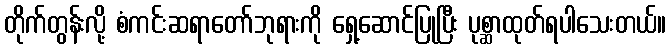
တိုက်တွန်းလို့ စံကင်းဆရာတော်ဘုရားကို ရှေ့ဆောင်ပြုပြီး ပုစ္ဆာထုတ်ရပါသေးတယ်။